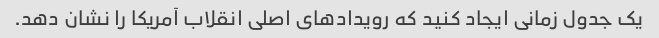
یک جدول زمانی ایجاد کنید که رویدادهای اصلی انقلاب آمریکا را نشان دهد.